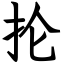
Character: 抡